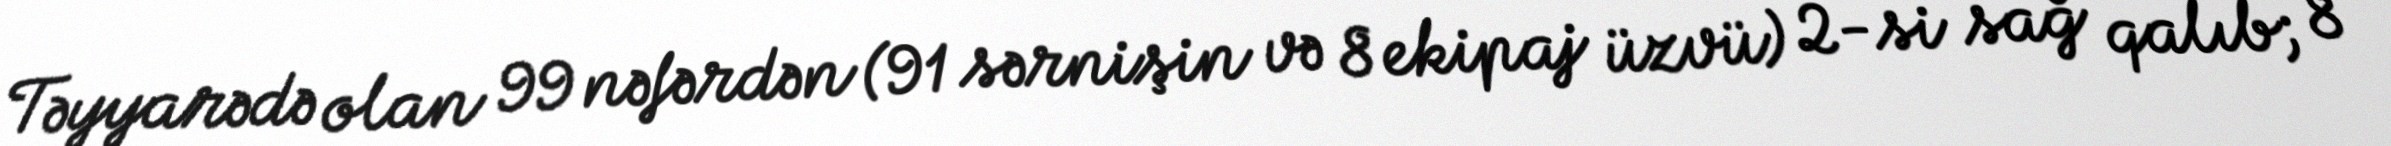
Təyyarədə olan 99 nəfərdən (91 sərnişin və 8 ekipaj üzvü) 2-si sağ qalıb; 8